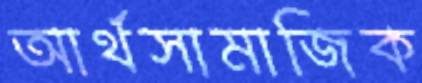
আর্থসামাজিক